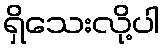
ရှိသေးလို့ပါ